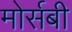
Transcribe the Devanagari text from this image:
मोर्सबी